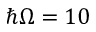
\hbar \Omega = 1 0